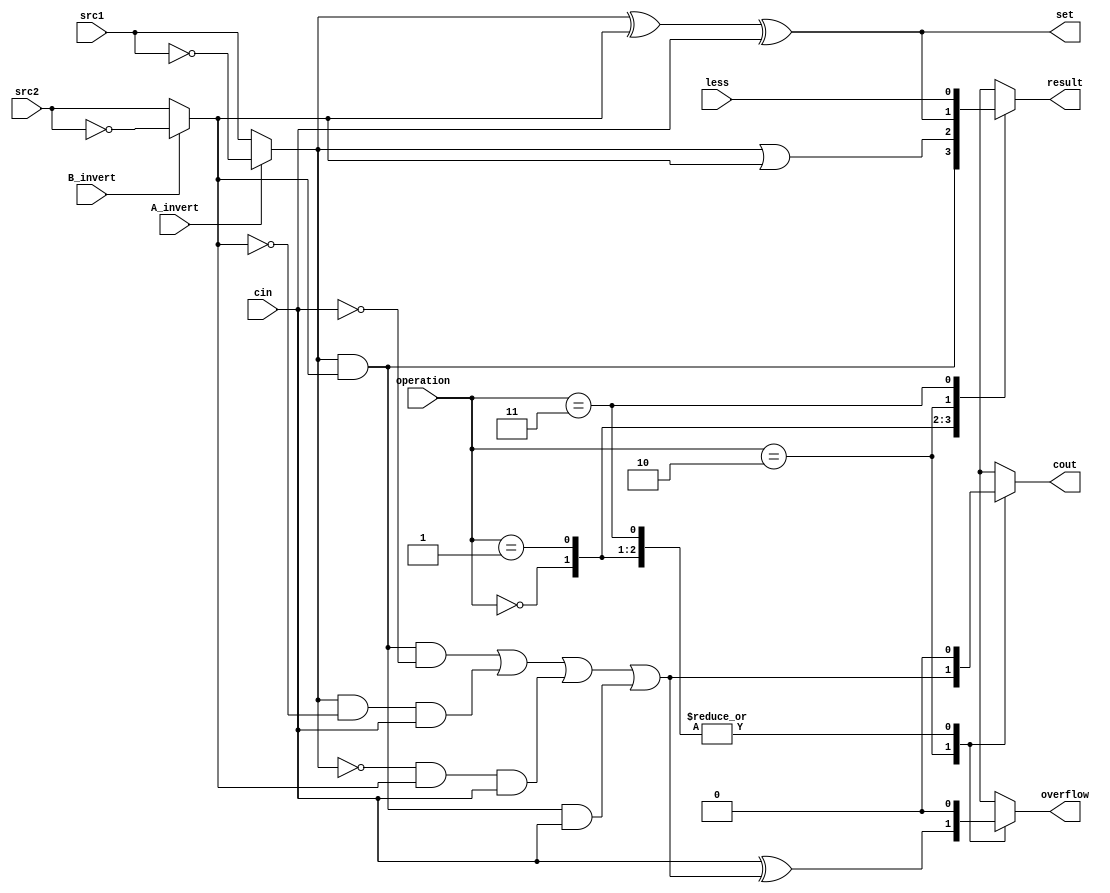
`timescale 1ns/1ps

//////////////////////////////////////////////////////////////////////////////////
// Company:
// Engineer:
//
// Design Name:
// Module Name:    alu_top
// Project Name:
// Target Devices:
// Tool versions:
// Description:
//
// Dependencies:
//
// Revision:
// Revision 0.01 - File Created
// Additional Comments:
//
//////////////////////////////////////////////////////////////////////////////////

module alu_msb(
              src1,       //1 bit source 1 (input)
              src2,       //1 bit source 2 (input)
              less,       //1 bit less     (input)
              A_invert,   //1 bit A_invert (input)
              B_invert,   //1 bit B_invert (input)
              cin,        //1 bit carry in (input)
              operation,  //operation      (input)
              result,     //1 bit result   (output)
              cout,       //1 bit carry out(output)
              set,        //1 bit set(output)
              overflow    //1 bit overflow(output)
              );

input         src1;
input         src2;
input         less;
input         A_invert;
input         B_invert;
input         cin;
input [2-1:0] operation;

output        result;
output        cout;
output        set;
output        overflow;

wire          a_out;
wire          b_out;

reg           result;
reg           overflow;
reg           cout;

assign a_out = (A_invert)? !src1: src1;
assign b_out = (B_invert)? !src2: src2;
assign set = a_out ^ b_out ^ cin;

always@(*)
begin
    case(operation[1:0])
        2'b00: begin // AND
            result = a_out & b_out;
            cout = 0;
            overflow = 0;
        end
        2'b01: begin // OR
            result = a_out | b_out;
            cout = 0;
            overflow = 0;
        end
        2'b10: begin // ADD
            result = a_out ^ b_out ^ cin;
            cout = (a_out & b_out & ~cin) | (a_out & ~b_out & cin) | (~a_out & b_out & cin) | (a_out & b_out & cin);
            overflow = cin ^ cout;
        end
        2'b11: begin // LESS
            result = less;
            cout = 0;
            overflow = 0;
        end
    endcase
end

endmodule